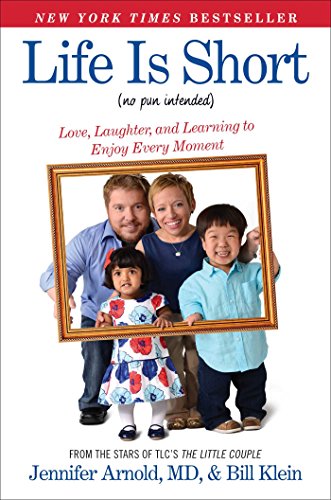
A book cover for Life Is Short (No Pun Intended): Love, Laughter, and Learning to Enjoy Every Moment; Jennifer Arnold MD; Humor & Entertainment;